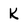
Character: k